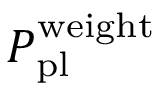
P _ { \mathrm { p l } } ^ { \mathrm { w e i g h t } }